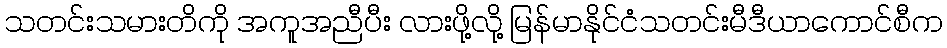
သတင်းသမားတိကို အကူအညီပီး လားဖို့လို့ မြန်မာနိုင်ငံသတင်းမီဒီယာကောင်စီက